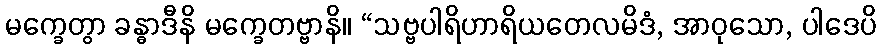
မက္ခေတွာ ခန္ဓာဒီနိ မက္ခေတဗ္ဗာနိ။ “သဗ္ဗပါရိဟာရိယတေလမိဒံ, အာဝုသော, ပါဒေပိ